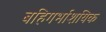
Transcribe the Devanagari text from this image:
बहिगर्भाशयिक